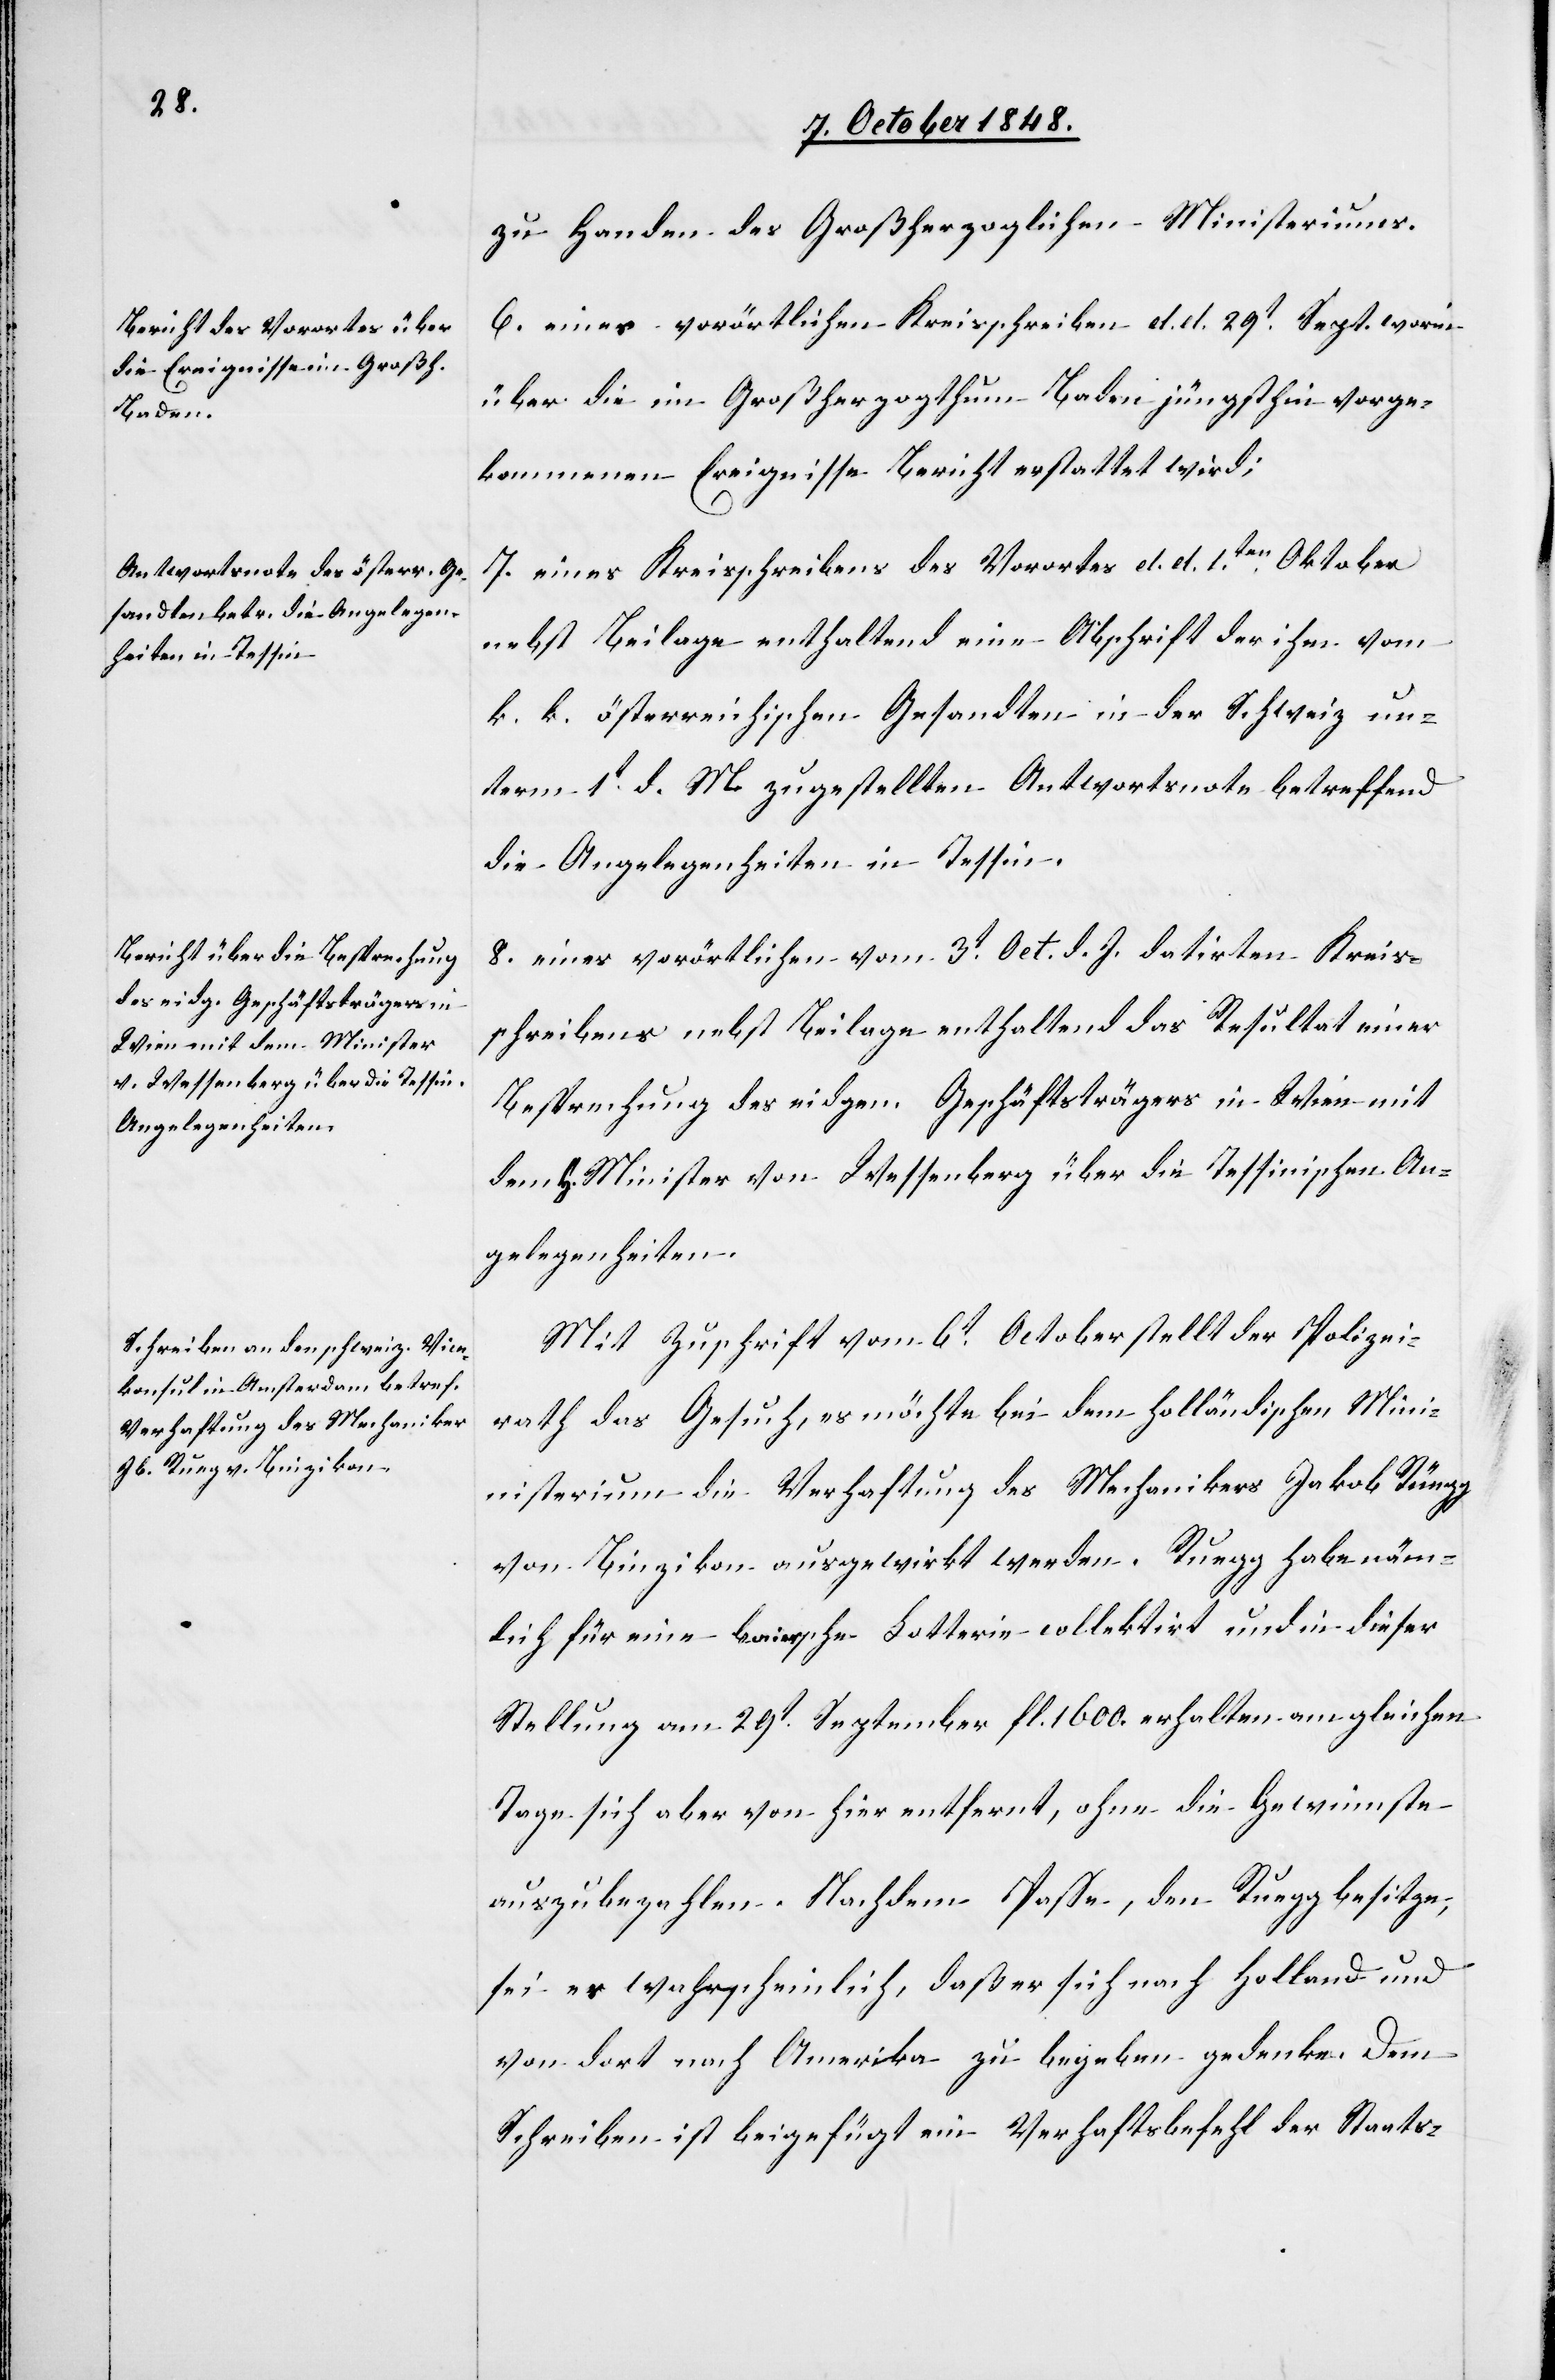
zu Handen des Großherzoglichen Ministeriums.
6. eines vorörtlichen Kreisschreiben d. d. 29t. Sept. worin
über die im Großherzogthum Baden jüngsthin vorge¬
kommenen Ereignisse Bericht erstattet wird;
7. eines Kreisschreibens des Vorortes d. d. . 1ten Oktober
nebst Beilage enthaltend eine Abschrift der ihre vom
k. k. österreichischen Gesandten in der Schweiz un¬
term 1t d. M. zugestellten Antwortsnote betreffend
die Angelegenheiten in Tessin.
8. eines vorörtlichen vom 3t Oct. d. J. datirten Kreis¬
schreibens nebst Beilage enthaltend das Resultat einer
Besprechung des eidgen. Geschäftsträgers in Wien mit
dem h. Minister von Wessenberg über die Tessinischen An¬
gelegenheiten.
Mit Zuschrift vom 6t. October stellt der Polizei¬
rath das Gesuch, es möchte bei dem holländischen Mi¬
nisterium die Verhaftung des Mechanikers Jakob Rüegg
von Binzikon ausgewirkt werden. Ruegg habe näm¬
lich für eine baiersche Lotterie collektirt und in dieser
Stellung am 29t September fl. 1600. erhalten am gleichen
Tage sich aber von hier entfernt, ohne die Gewinnste
auszubezahlen. Nach dem Passe, den Ruegg besitze,
sei es wahrscheinlich, daß er sich nach Holland und
von dort nach Amerika zu begeben gedenke. Dem
Schreiben ist beigefügt ein Verhaftstbefehl der Staats-